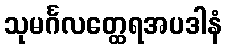
သုမင်္ဂလတ္ထေရအပဒါနံ